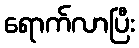
ရောက်လာပြီး